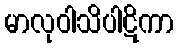
မာလုဝါသိပါဋိကာ